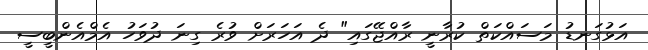
އަޅުގަނޑު މަސައްކަތް ކުރާނީ ރާއްޖޭގައި" ދެ އަހަރަށް ވުރެ ގިނަ ދުވަހު އެމްއެންބީސީ